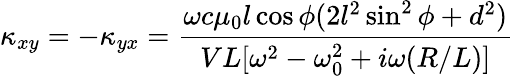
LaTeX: \kappa_{xy}=-\kappa_{yx}=\frac{\omega c\mu_{0}l\cos{\phi}(2l^{2}\sin^{2}{\phi}+d^{2})}{VL[\omega^{2}-\omega_{0}^{2}+i\omega(R/L)]}